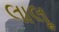
લાલૂ